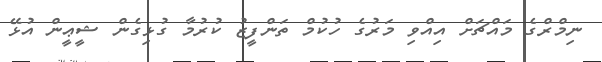
ނިމްރްގެ މައްޗަށް އިއްވި މަރުގެ ހުކުމް ތަންފީޒު ކުރުމާ ގުޅިގެން ޝީޢީން އުޅޭ